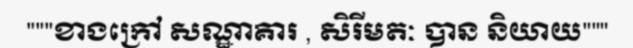
"""ខាងក្រៅ សណ្ឋាគារ , សិរីមតៈ បាន និយាយ"""